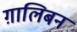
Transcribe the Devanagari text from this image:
ग़ालिबन